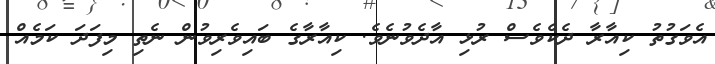
އެވަގުތު ކިއާރާ ދެކެވެސް ރުޅި އާދެވުނެވެ. ކިއާރާގެ ބައިވެރިވުން ނެތި މިފަދަ ކަމެއް